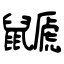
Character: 鼶